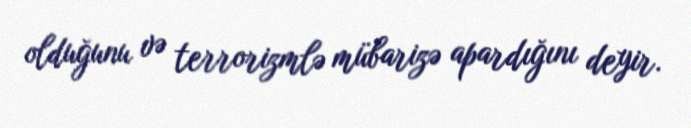
olduğunu və terrorizmlə mübarizə apardığını deyir.